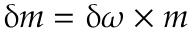
\updelta { \boldsymbol { m } } = \updelta { \boldsymbol { \omega } } \times { \boldsymbol { m } }